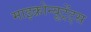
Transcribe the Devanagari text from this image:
माइक्रोन्यूट्रेंट्स